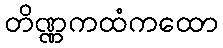
တိဏ္ဏကထံကထော